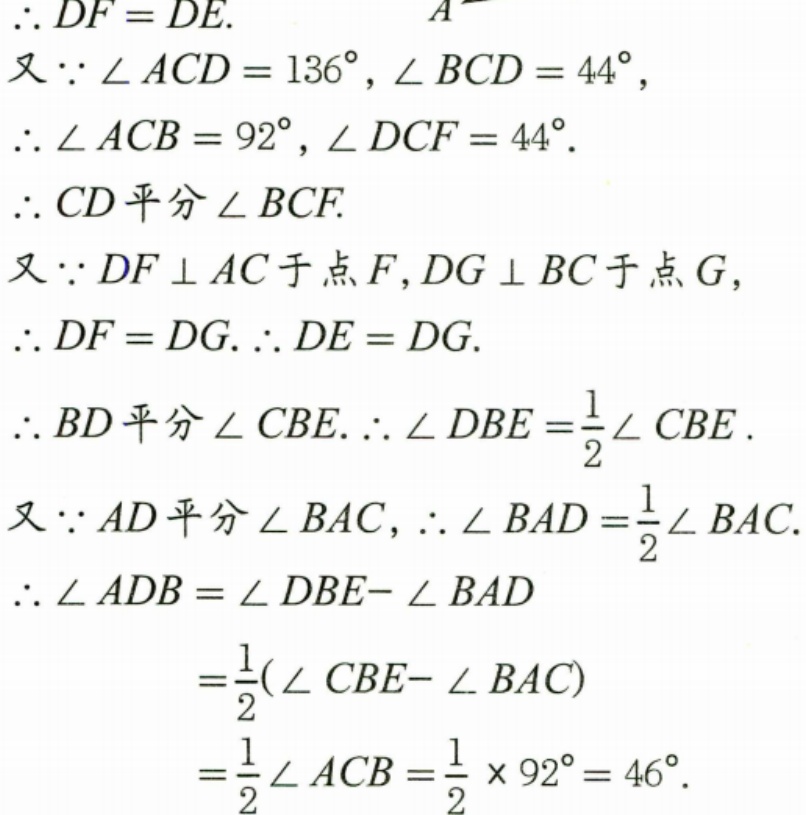
\(\therefore DF = DE.\)
又\(\because \angle ACD = 136^{\circ}, \angle BCD = 44^{\circ}\)，
\(\therefore \angle ACB = 92^{\circ}, \angle DCF = 44^{\circ}.\)
\(\therefore CD\)平分\(\angle BCF.\)
又\(\because DF\perp AC\)于点\(F, DG\perp BC\)于点\(G\)，
\(\therefore DF = DG.\therefore DE = DG.\)
\(\therefore BD\)平分\(\angle CBE.\therefore \angle DBE=\frac{1}{2}\angle CBE.\)
又\(\because AD\)平分\(\angle BAC\)，\(\therefore \angle BAD = \frac{1}{2}\angle BAC.\)
\(\therefore \angle ADB=\angle DBE - \angle BAD\)
\(=\frac{1}{2}(\angle CBE - \angle BAC)\)
\(=\frac{1}{2}\angle ACB=\frac{1}{2}\times92^{\circ}=46^{\circ}.\)